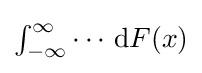
{\textstyle \int _{-\infty }^{\infty }\cdots \,\mathrm {d} F(x)}